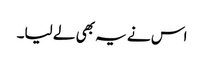
اس نے یہ بھی لے لیا۔